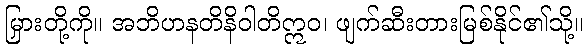
မြှားတို့ကို။ အဘိဟနတိနိဝါတိဣဝ၊ ဖျက်ဆီးတားမြစ်နိုင်၏သို့။